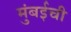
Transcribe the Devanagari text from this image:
मुुंबईची